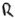
Text: R